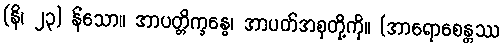
(နိ၊ ၂၃) န်သော။ အာပတ္တိက္ခန္ဓေ၊ အာပတ်အစုတို့ကို။ (အာရောစေန္တဿ